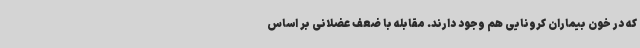
که در خون بیماران کرونایی هم وجود دارند. مقابله با ضعف عضلانی بر اساس